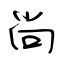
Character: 尚